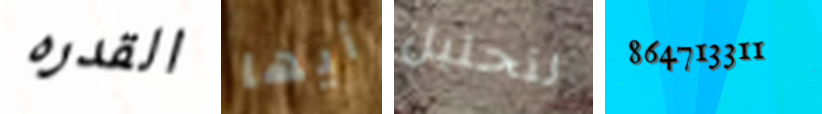
القدره أيها لتحليل 864713311